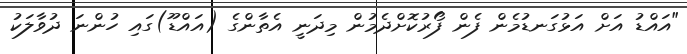
"އައްޑު އަށް އަޅުގަނޑުމެން ފެން ފޯރުކޮށްދެމުން މިދަނީ އެތާންގެ (އައްޑޫ)ގައި ހުންނަ ދުވާލަކު